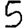
Digit: 5